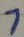
Text: 7